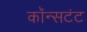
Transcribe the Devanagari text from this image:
कॉन्सटंट